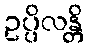
ဥပ္ပိလန္တိ